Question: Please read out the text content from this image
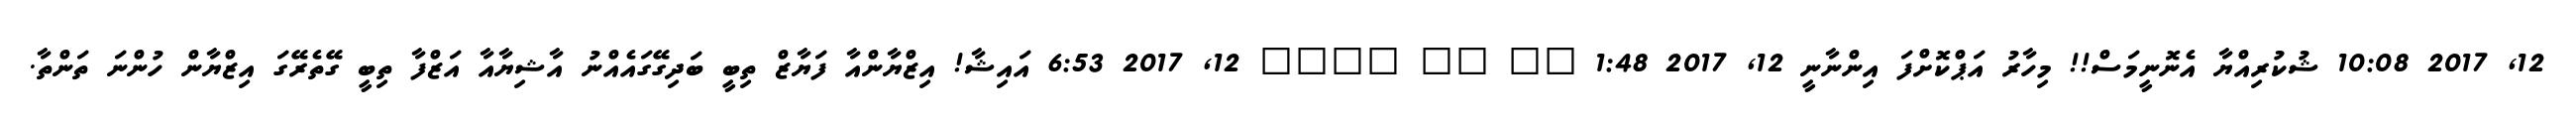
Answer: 12, 2017 10:08 ޝުކުރިއްޔާ އެނޮނީމަސް!! މިހާރު އަޕްކޮށްފަ އިންނާނީ 12, 2017 1:48 ?? ?? ???? 12, 2017 6:53 އައިޝާ! އިޒްޔާންއާ ފަޔާޒް ތިބީ ބަދިގޭގައެއްނު އާޝިޔާއާ އަޒްފާ ތިބީ ގޭތެރޭގަ އިޒްޔާން ހުންނަ ތަންތާ.